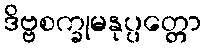
ဒိဗ္ဗစက္ခုမနုပ္ပတ္တော